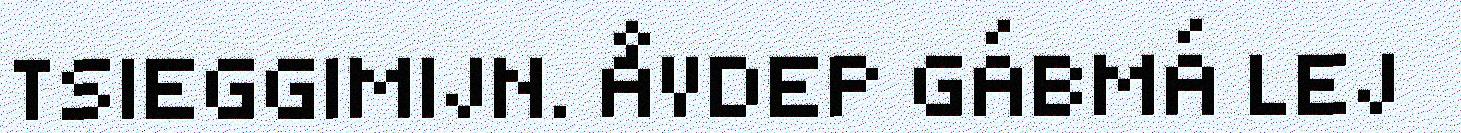
TSIEGGIMIJN. ÅVDEP GÁBMÁ LEJ